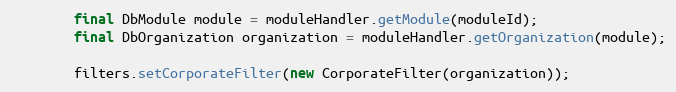
Language: Java
        final DbModule module = moduleHandler.getModule(moduleId);
        final DbOrganization organization = moduleHandler.getOrganization(module);

        filters.setCorporateFilter(new CorporateFilter(organization));